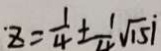
z = \frac { 1 } { 4 } \pm \frac { 1 } { 4 } \sqrt { 1 5 } i